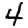
Digit: 4